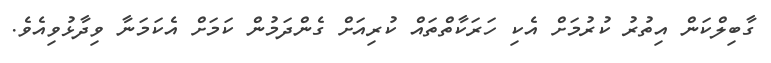
ގާބިލްކަން އިތުރު ކުރުމަށް އެކި ހަރަކާތްތައް ކުރިއަށް ގެންދަމުން ކަމަށް އެކަމަނާ ވިދާޅުވިއެވެ.